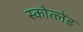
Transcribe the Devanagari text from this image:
स्कोत्लेंड